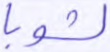
لشوبا